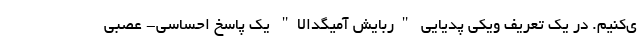
ی‌کنیم. در یک تعریف ویکی پدیایی "ربایش آمیگدالا" یک پاسخ احساسی- عصبی